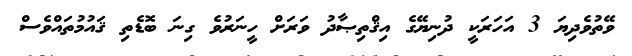
ވޭތުވެދިޔަ 3 އަހަރަކީ ދުނިޔޭގެ އިޤްތިޞާދު ވަރަށް ހީނަރުވެ ގިނަ ބޮޑެތި ޤައުމުތައްވެސް